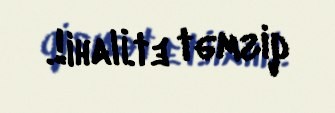
qismət et.İlahi!.